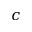
c